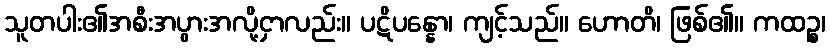
သူတပါး၏အစီးအပွားအလို့ငှာလည်း။ ပဋိပန္နော၊ ကျင့်သည်။ ဟောတိ၊ ဖြစ်၏။ ကထဉ္စ၊